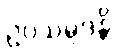
ဥပသမ္ပဒန္တိ